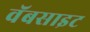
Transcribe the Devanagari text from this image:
वॅबसाइट